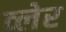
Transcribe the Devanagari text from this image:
व्‍लेर